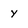
Character: Y